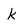
Character: k